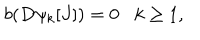
LaTeX: b ( D \psi _ { k } [ J ] ) = 0 k \geq 1 ,